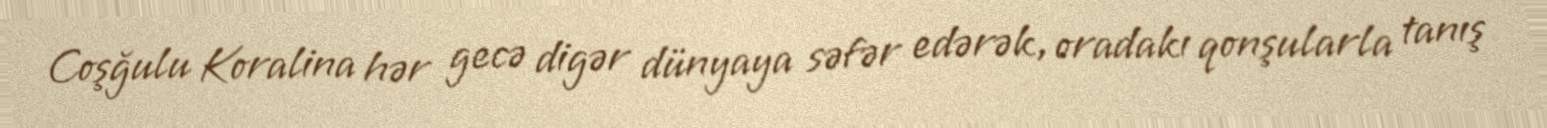
Coşğulu Koralina hər gecə digər dünyaya səfər edərək, oradakı qonşularla tanış